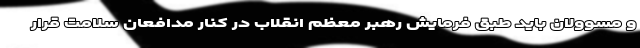
و مسوولان باید طبق فرمایش رهبر معظم انقلاب در کنار مدافعان سلامت قرار